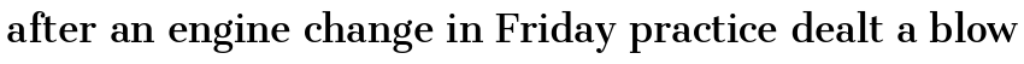
after an engine change in Friday practice dealt a blow